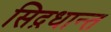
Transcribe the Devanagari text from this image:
सिद़धान्‍त